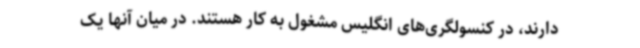
دارند، در کنسولگری‌های انگلیس مشغول به کار هستند. در میان آنها یک